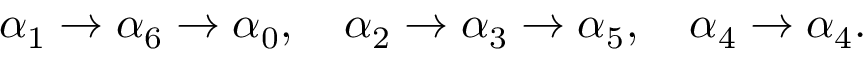
\alpha _ { 1 } \rightarrow \alpha _ { 6 } \rightarrow \alpha _ { 0 } , \quad \alpha _ { 2 } \rightarrow \alpha _ { 3 } \rightarrow \alpha _ { 5 } , \quad \alpha _ { 4 } \rightarrow \alpha _ { 4 } .